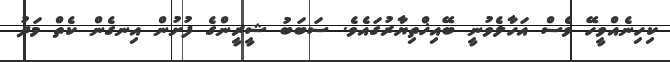
ކިހިނެއްވީހޭ ވެސް އަހާލެވުނީ ބޭއިޚްތިޔާރުގައެވެ. ސަބަބު ޝީރީންގެ ފުށުން އިނގެން ކެތް މަދު